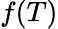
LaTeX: f(T)